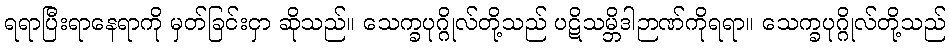
ရရာပြီးရာနေရာကို မှတ်ခြင်းငှာ ဆိုသည်။ သေက္ခပုဂ္ဂိုလ်တို့သည် ပဋိသမ္ဘိဒါဉာဏ်ကိုရရာ။ သေက္ခပုဂ္ဂိုလ်တို့သည်